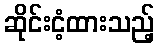
ဆိုင်းငံ့ထားသည့်